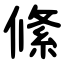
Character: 絛